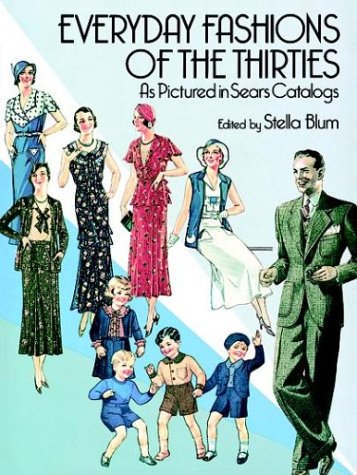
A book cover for Everyday Fashions of the Thirties As Pictured in Sears Catalogs (Dover Fashion and Costumes); Crafts, Hobbies & Home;